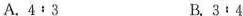
A.4:3 B.3:4